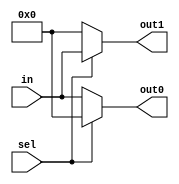
module demux#(parameter WIDTH=18)(input wire sel, input wire [WIDTH-1:0] in, output wire [WIDTH-1:0] out0, output wire [WIDTH-1:0] out1);
    assign out0 = (sel == 1'b0) ? in : {WIDTH{1'b0}};
    assign out1 = (sel == 1'b1) ? in : {WIDTH{1'b0}};
endmodule